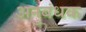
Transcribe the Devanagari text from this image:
अनुबंधक